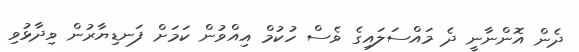
ދެން އޮންނާނީ ދެ މައްސަލައިގެ ވެސް ހުކުމް އިއްވުން ކަމަށް ފަނޑިޔާރުން ވިދާޅުވި